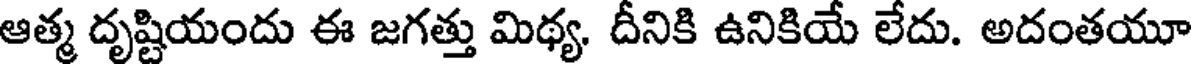
ఆత్మ దృష్టియందు ఈ జగత్తు మిథ్య. దీనికి ఉనికియే లేదు. అదంతయూ